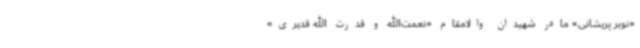
«نوبر پریشانی» مادر شهیدان والامقام «نعمت‌الله و قدرت الله قدیری»